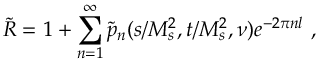
\tilde { \cal R } = 1 + \sum _ { n = 1 } ^ { \infty } \tilde { p } _ { n } ( s / M _ { s } ^ { 2 } , t / M _ { s } ^ { 2 } , \nu ) e ^ { - 2 \pi n l } \ ,